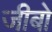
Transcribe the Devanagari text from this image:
जीबो